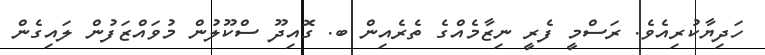
ހަދިޔާކުރިއެވެ. ރަސްމީ ފެރީ ނިޒާމެއްގެ ތެރެއިން ބ. ގޮއިދޫ ސްކޫލުން މުވައްޒަފުން ލައިގެން